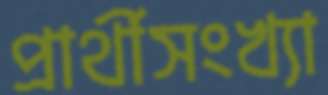
প্রার্থীসংখ্যা